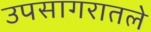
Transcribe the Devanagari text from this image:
उपसागरातले